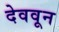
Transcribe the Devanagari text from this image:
देववून